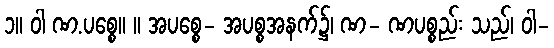
၁။ ဝါ ဏ.ပစ္စေ။ ။ အပစ္စေ- အပစ္စအနက်၌၊ ဏ- ဏပစ္စည်း သည်၊ ဝါ-